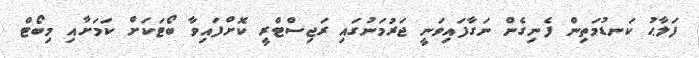
ފަލާޙު ކަނޑުމަތިން ފެނިގެން ނަގާފައިވަނީ ޖަރުމަނުގައި ރަޖިސްޓްރީ ކޮށްފައިވާ ބޯޓަކަށް ކަމަށާއި މިބޯޓް